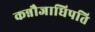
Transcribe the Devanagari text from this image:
कन्नौजाधिपति